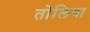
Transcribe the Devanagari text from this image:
तोलिया